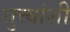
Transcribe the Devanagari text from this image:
सुत्त्यांशी